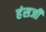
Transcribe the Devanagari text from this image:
हंसजी